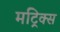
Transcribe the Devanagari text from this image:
मट्रिक्स